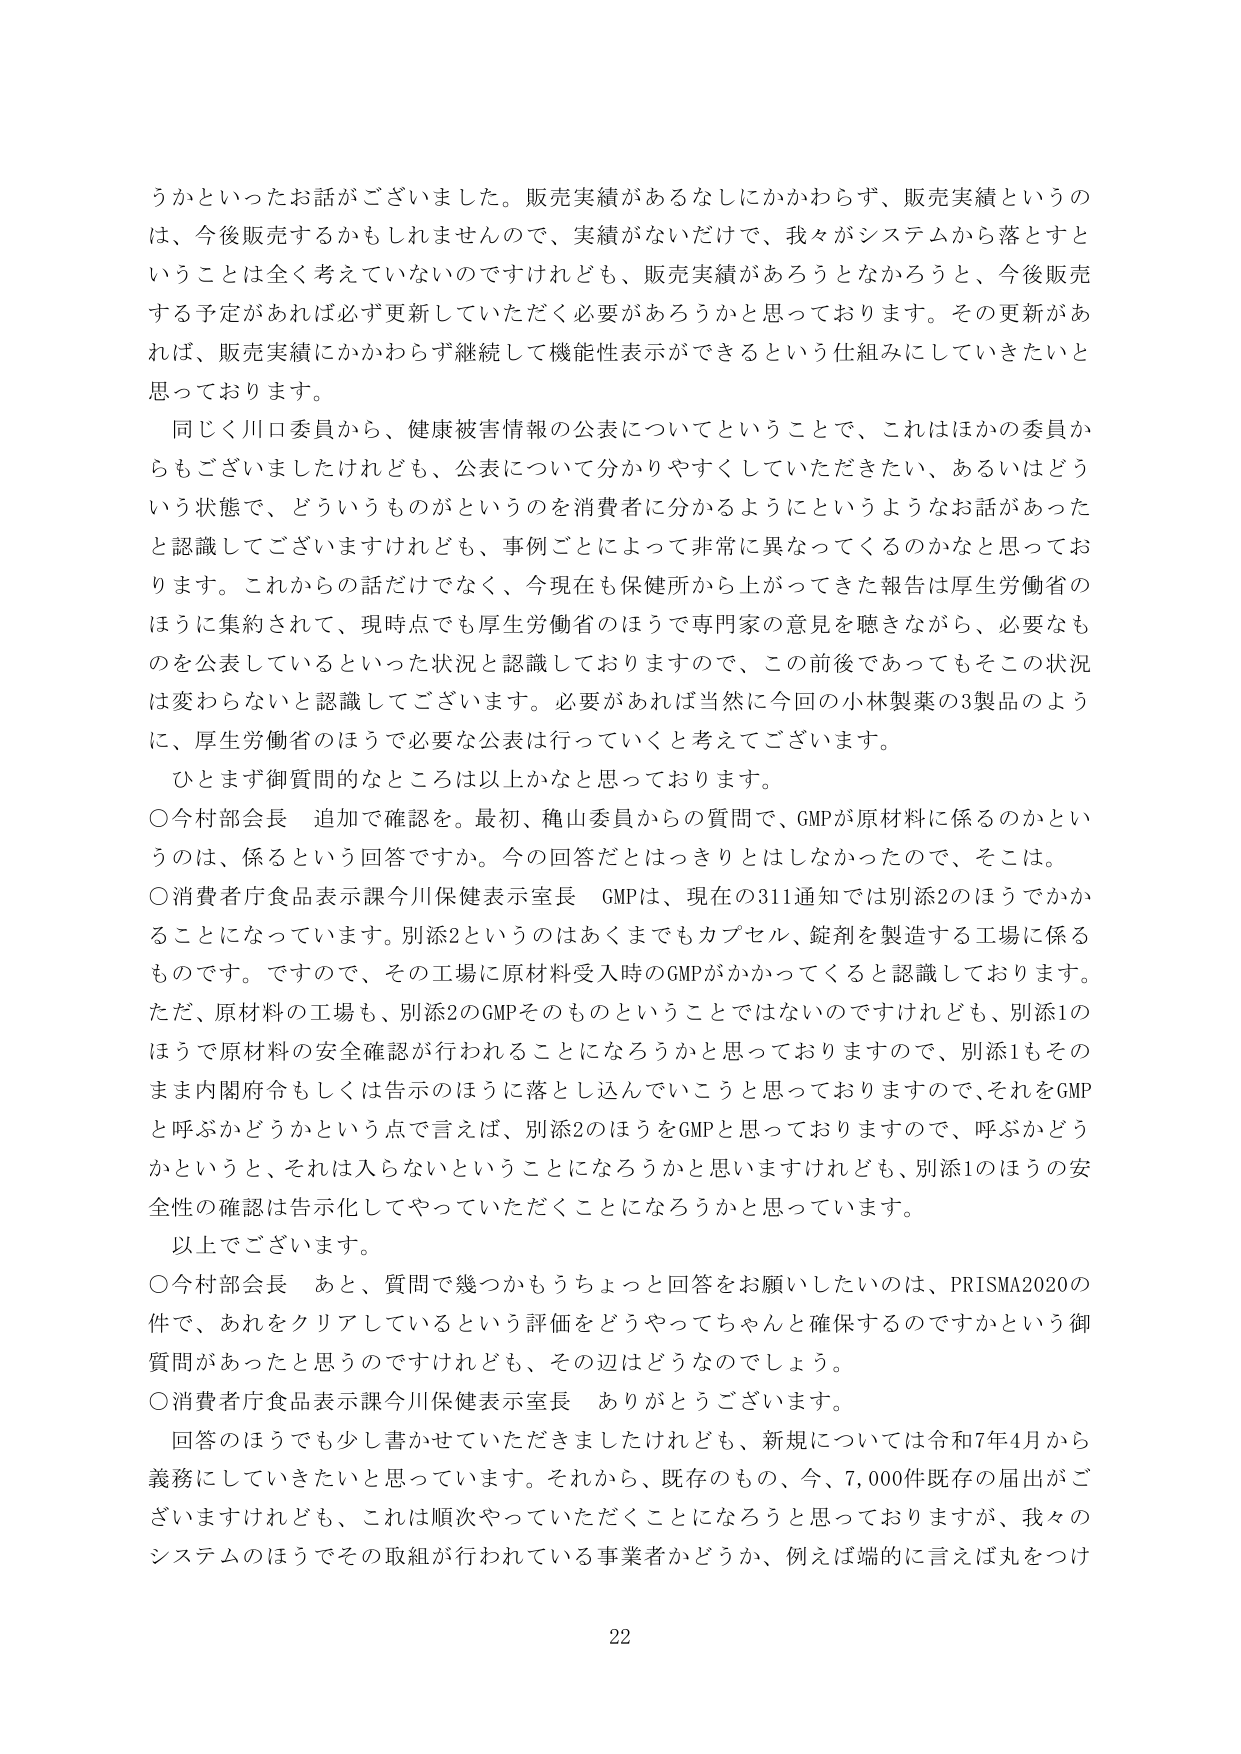
うかといったお話がございました。販売実績があるなしにかかわらず、販売実績というのは、今後販売するかもしれませんので、実績がないだけで、我々がシステムから落とすということは全く考えていないのですけれども、販売実績があろうとなかろうと、今後販売する予定があれば必ず更新していただく必要があろうかと思っております。その更新があれば、販売実績にかかわらず継続して機能性表示ができるという仕組みにしていきたいと思っております。

同じく川口委員から、健康被害情報の公表についてということで、これはほかの委員からもございましたけれども、公表について分かりやすくしていただきたい、あるいはどういう状態で、どういうものがというのを消費者に分かるようにというようなお話があったと認識してございますけれども、事例ごとによって非常に異なってくるのかなと思っております。これからの話だけでなく、今現在も保健所から上がってきた報告は厚生労働省のほうに集約されて、現時点でも厚生労働省のほうで専門家の意見を聴きながら、必要なものを公表しているといった状況と認識しておりますので、この前後であってもそこの状況は変わらないと認識してございます。必要があれば当然に今回の小林製薬の3製品のように、厚生労働省のほうで必要な公表は行っていくと考えております。

ひとまず御質問のなところは以上かなと思っております。

○今村部会長　追加で確認を。最初、亀山委員からの質問で、GMPが原材料に係るのかというのは、係るという回答ですか。今の回答だとはっきりとはしなかったので、そこは。

○消費者庁食品表示課今川保健表示室長　GMPは、現在の311通知では別添2のほうでかかることになっています。別添2というのはあくまでもカプセル、錠剤を製造する工場に係るものです。ですので、その工場に原材料受入時のGMPがかかってくると認識しております。ただ、原材料の工場も、別添2のGMPそのものということではないのですけれども、別添1のほうで原材料の安全確認が行われることになろうかと思っておりますので、別添1もそのまま内閣府令もしくは告示のほうに落とし込んでいこうと思っておりますので、それをGMPと呼ぶかどうかという点で言えば、別添2のほうをGMPと思っておりますので、呼ぶかどうかというと、それは入らないということになろうかと思いますけれども、別添1のほうの安全性の確認は告示化してやっていただくことになろうかと思っています。

以上でございます。

○今村部会長　あと、質問で幾つかもうちょっと回答をお願いしたいのは、PRISMA2020の件で、あれをクリアしているという評価をどうやってちゃんと確保するのですかという御質問があったと思うのですけれども、その辺はどうなのでしょう。

○消費者庁食品表示課今川保健表示室長　ありがとうございます。

回答のほうでも少し書かせていただきましたけれども、新規については令和7年4月から義務にしていきたいと思っています。それから、既存のもの、今、7,000件既存の届出がございますけれども、これは順次やっていただくことになろうと思っておりますが、我々のシステムのほうでその取組が行われている事業者かどうか、例えば端的に言えば丸をつけ

22